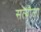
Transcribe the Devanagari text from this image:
सत्यौजा